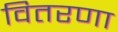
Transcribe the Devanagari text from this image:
वितरणा